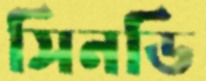
সিনডি